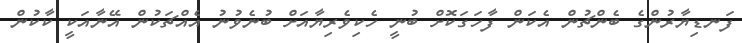
ފަނޑިޔާރުންގެ ބެންޗުން އެކަން ފާހަގަކޮށް ބުނީ ހެކިވެރިޔާއަށް ބުނެވުނު އެއްޗަކުން އޭނާއަކީ ކާކުން